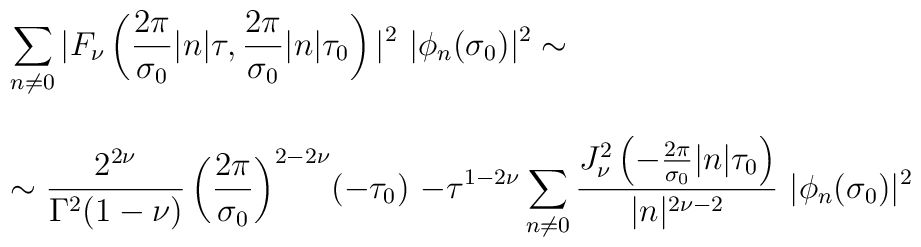
\begin{array}{l}{\displaystyle \sum_{n \neq 0} | F_{\nu} \left( \frac{2\pi}{\sigma_0} |n|\tau, \frac{2\pi}{\sigma_0} |n| \tau_0 \right) |^2 ~|\phi_n(\sigma_0)|^2  \sim } \\ \\ {\displaystyle \sim\frac{2^{2\nu}}{\Gamma^2(1-\nu)} \left( \frac{2\pi}{\sigma_0}\right)^{2-2\nu} \! (-\tau_0)~ {-\tau}^{1-2\nu} \sum_{n \neq 0}^{}\frac{ J_{\nu}^2 \left( -\frac{2\pi }{\sigma_0} |n|\tau_0 \right) }{|n|^{2 \nu - 2}}~ |\phi_n(\sigma_0)|^2 }\end{array}